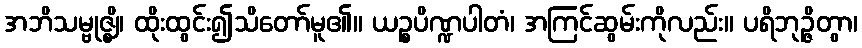
အဘိသမ္ဗုဇ္ဈိ၊ ထိုးထွင်း၍သိတော်မူ၏။ ယဉ္စပိဏ္ဍပါတံ၊ အကြင်ဆွမ်းကိုလည်း။ ပရိဘုဉ္ဇိတွာ၊